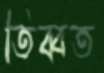
তিব্বত